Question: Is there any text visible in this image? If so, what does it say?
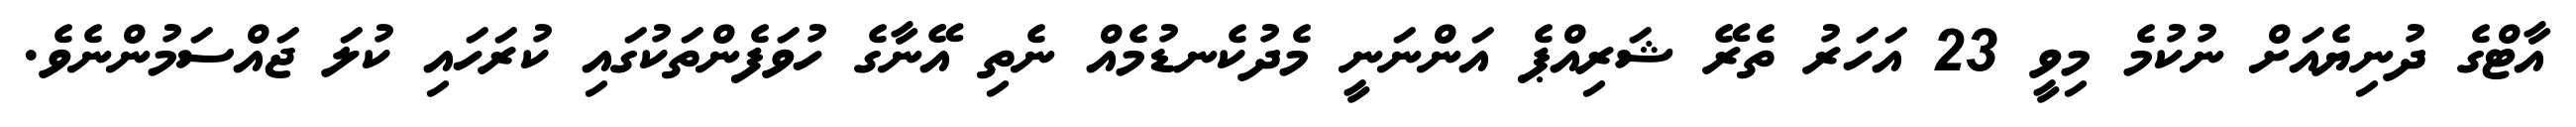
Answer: އާޓްގެ ދުނިޔެއަށް ނުކުމެ މިވީ 23 އަހަރު ތެރޭ ޝަރިއްޕެ އަންނަނީ މެދުކެނޑުމެއް ނެތި އޭނާގެ ހުވަފެންތަކުގައި ކުރަހައި ކުލަ ޖައްސަމުންނެވެ.